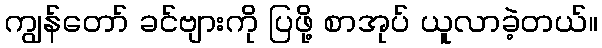
ကျွန်တော် ခင်ဗျားကို ပြဖို့ စာအုပ် ယူလာခဲ့တယ်။